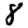
Digit: 8